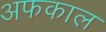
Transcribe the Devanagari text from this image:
अफकाल